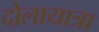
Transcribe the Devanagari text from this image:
दोलायात्रा